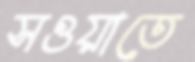
সওয়াতে